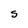
Character: S